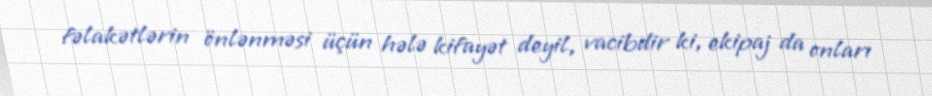
fəlakətlərin önlənməsi üçün hələ kifayət deyil, vacibdir ki, ekipaj da onları